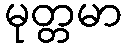
မုတ္တမာ